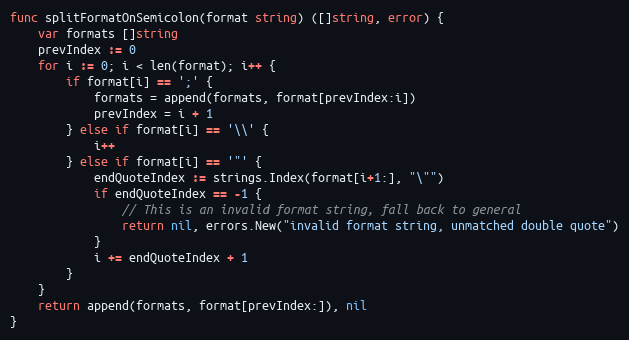
Language: Go
func splitFormatOnSemicolon(format string) ([]string, error) {
	var formats []string
	prevIndex := 0
	for i := 0; i < len(format); i++ {
		if format[i] == ';' {
			formats = append(formats, format[prevIndex:i])
			prevIndex = i + 1
		} else if format[i] == '\\' {
			i++
		} else if format[i] == '"' {
			endQuoteIndex := strings.Index(format[i+1:], "\"")
			if endQuoteIndex == -1 {
				// This is an invalid format string, fall back to general
				return nil, errors.New("invalid format string, unmatched double quote")
			}
			i += endQuoteIndex + 1
		}
	}
	return append(formats, format[prevIndex:]), nil
}